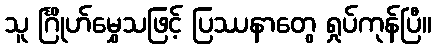
သူ င်္ဂြိုဟ်မွှေသဖြင့် ပြဿနာတွေ ရှုပ်ကုန်ပြီ။